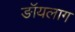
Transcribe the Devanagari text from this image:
ङॉयलाग